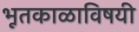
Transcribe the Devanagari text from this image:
भूतकाळाविषयी